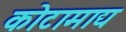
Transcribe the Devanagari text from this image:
कोटामाद्य